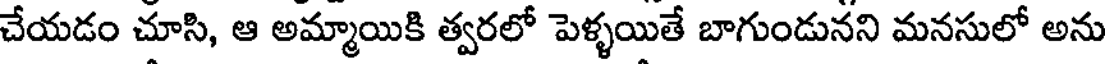
చేయడం చూసి, ఆ అమ్మాయికి త్వరలో పెళ్ళయితే బాగుండునని మనసులో అను